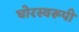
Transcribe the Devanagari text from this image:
घोरस्वरूपी